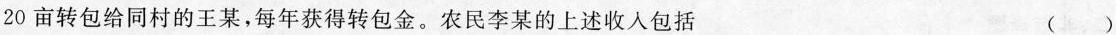
20亩转包给同村的王某，每年获得转包金。农民李某的上述收入包括 （ ）